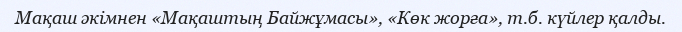
Мақаш әкімнен «Мақаштың Байжұмасы», «Көк жорға», т.б. күйлер қалды.